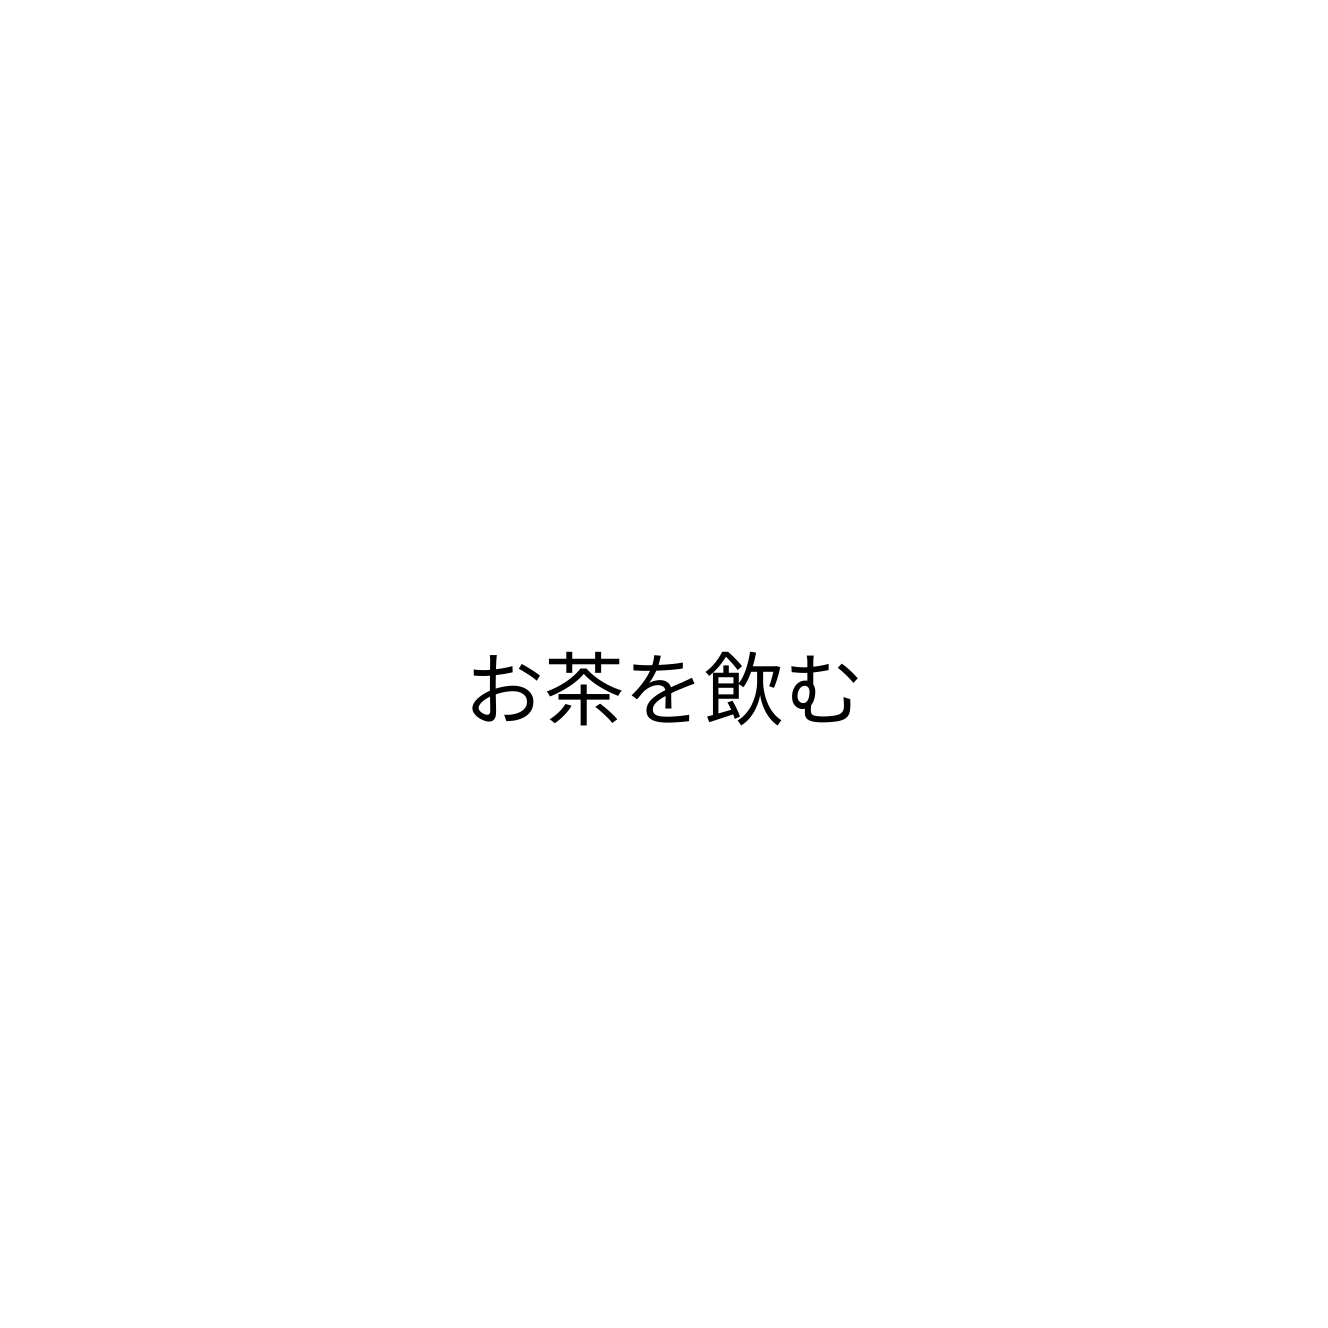
お茶を飲む